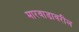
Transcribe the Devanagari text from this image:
मारवाडावरील